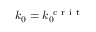
k _ { 0 } = k _ { 0 } ^ { \mathrm { ~ c ~ r ~ i ~ t ~ } }